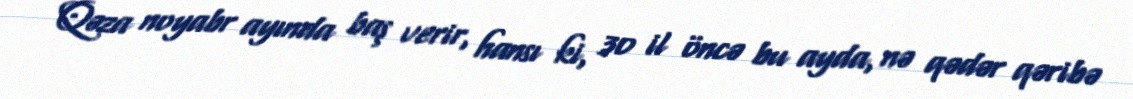
Qəza noyabr ayında baş verir, hansı ki, 30 il öncə bu ayda, nə qədər qəribə